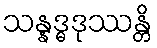
သန္နဒ္ဓဒုဿန္တိ